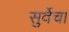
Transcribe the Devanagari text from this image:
सुर्वेचा